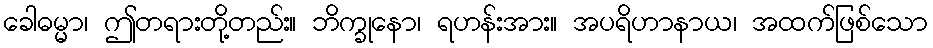
ခေါဓမ္မာ၊ ဤတရားတို့တည်း။ ဘိက္ခုနော၊ ရဟန်းအား။ အပရိဟာနာယ၊ အထက်ဖြစ်သော